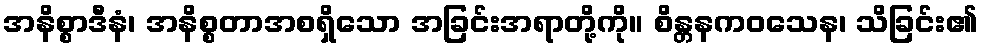
အနိစ္စာဒီနံ၊ အနိစ္စတာအစရှိသော အခြင်းအရာတို့ကို။ စိန္တနကဝသေန၊ သိခြင်း၏